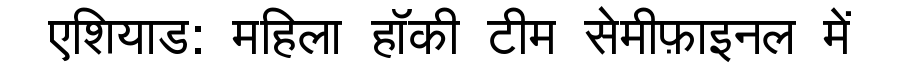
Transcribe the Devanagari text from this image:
एशियाड: महिला हॉकी टीम सेमीफ़ाइनल में